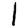
Digit: 1